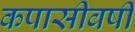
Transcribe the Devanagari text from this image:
कपासीवर्षी